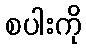
စပါးကို